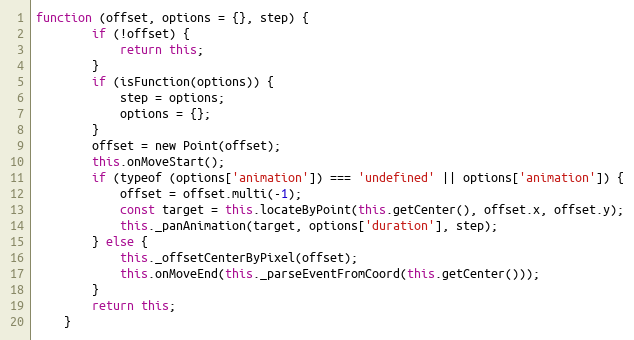
Language: JavaScript
function (offset, options = {}, step) {
        if (!offset) {
            return this;
        }
        if (isFunction(options)) {
            step = options;
            options = {};
        }
        offset = new Point(offset);
        this.onMoveStart();
        if (typeof (options['animation']) === 'undefined' || options['animation']) {
            offset = offset.multi(-1);
            const target = this.locateByPoint(this.getCenter(), offset.x, offset.y);
            this._panAnimation(target, options['duration'], step);
        } else {
            this._offsetCenterByPixel(offset);
            this.onMoveEnd(this._parseEventFromCoord(this.getCenter()));
        }
        return this;
    }